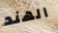
الهند